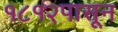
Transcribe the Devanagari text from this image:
१८१२पासून